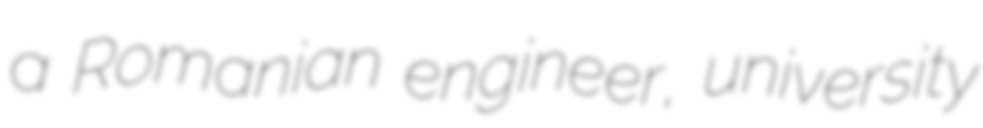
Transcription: a Romanian engineer, university